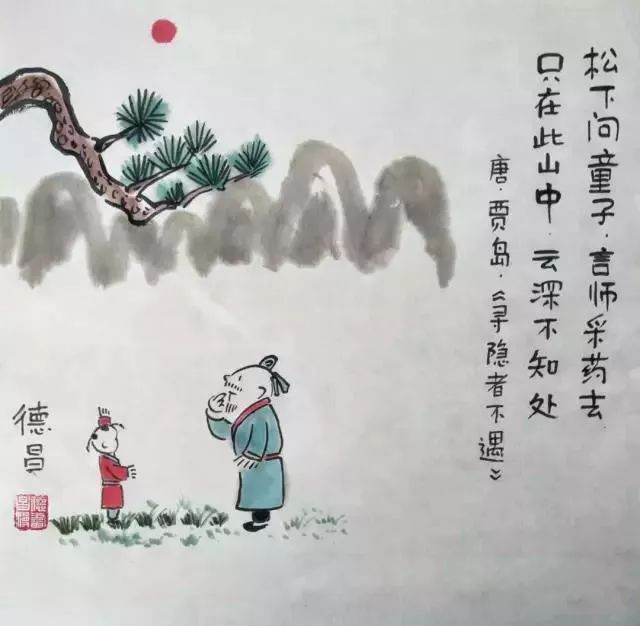
青冥浩荡不见底，日月照耀金银台。